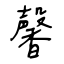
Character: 馨